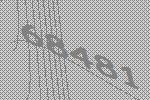
68481